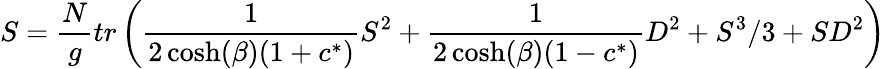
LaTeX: S={\frac{N}{g}}tr\left({\frac{1}{2\cosh(\beta)(1+c^{*})}}S^{2}+{\frac{1}{2\cosh(\beta)(1-c^{*})}}D^{2}+S^{3}/3+SD^{2}\right)